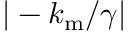
| - k _ { \mathrm { m } } / \gamma |